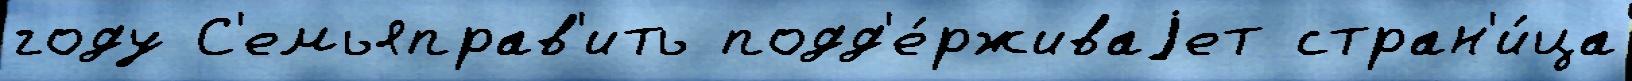
году С'емьяправ'ить подд'е́рживаjет стран'и́ца